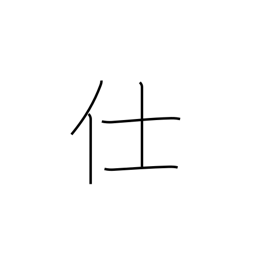
Meaning: attend